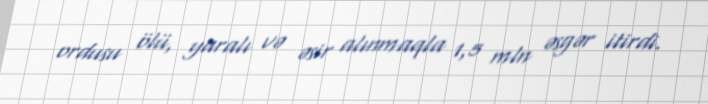
ordusu ölü, yaralı və əsir alınmaqla 1,5 mln əsgər itirdi.